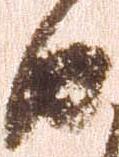
由